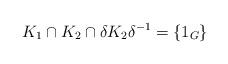
LaTeX: \begin{align*}K_1 \cap K_2 \cap \delta K_2 \delta^{-1} = \lbrace 1_G \rbrace\end{align*}